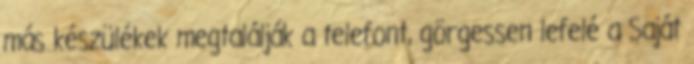
más készülékek megtalálják a telefont, görgessen lefelé a Saját